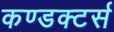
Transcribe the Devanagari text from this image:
कण्डक्टर्स